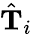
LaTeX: \hat{\mathbf{T}}_{i}